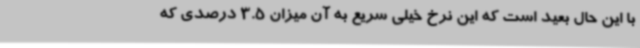
با این حال بعید است که این نرخ خیلی سریع به آن میزان 3.5 درصدی که